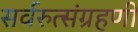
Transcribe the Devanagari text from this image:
सर्वरुत्संग्रहणी